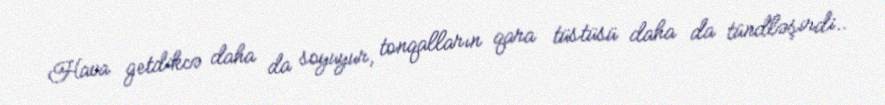
Hava getdikcə daha da soyuyur, tonqalların qara tüstüsü daha da tündləşirdi..